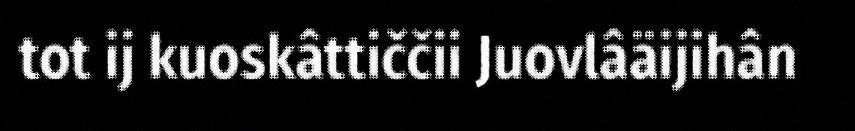
tot ij kuoskâttiččii Juovlâäijihân